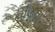
વીણતા